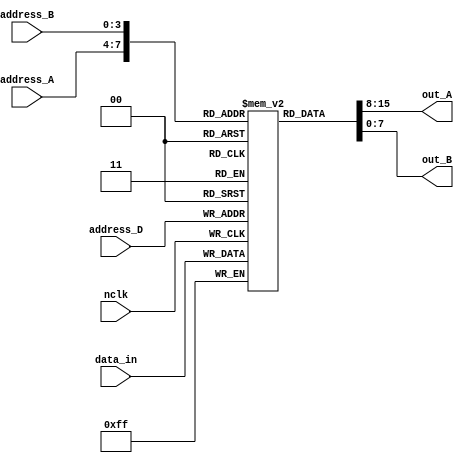
module Registers (
    input nclk,
	input [3:0] address_A, address_B, address_D,
	input [7:0] data_in,
	output [7:0] out_A, out_B
);

  	reg [7:0] memory [0:15];
  
  	assign out_A = memory[address_A];
  	assign out_B = memory[address_B];
  
  	always @ (negedge nclk) 
		memory[address_D] <= data_in;
      	
  
  // reset memory
  	integer i;
  	initial begin
      for (i = 0; i < 16; i= i + 1) 
        memory[i] = i;
    end
	
endmodule